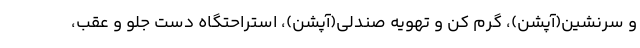
و سرنشین(آپشن)، گرم کن و تهویه صندلی(آپشن)، استراحتگاه دست جلو و عقب،